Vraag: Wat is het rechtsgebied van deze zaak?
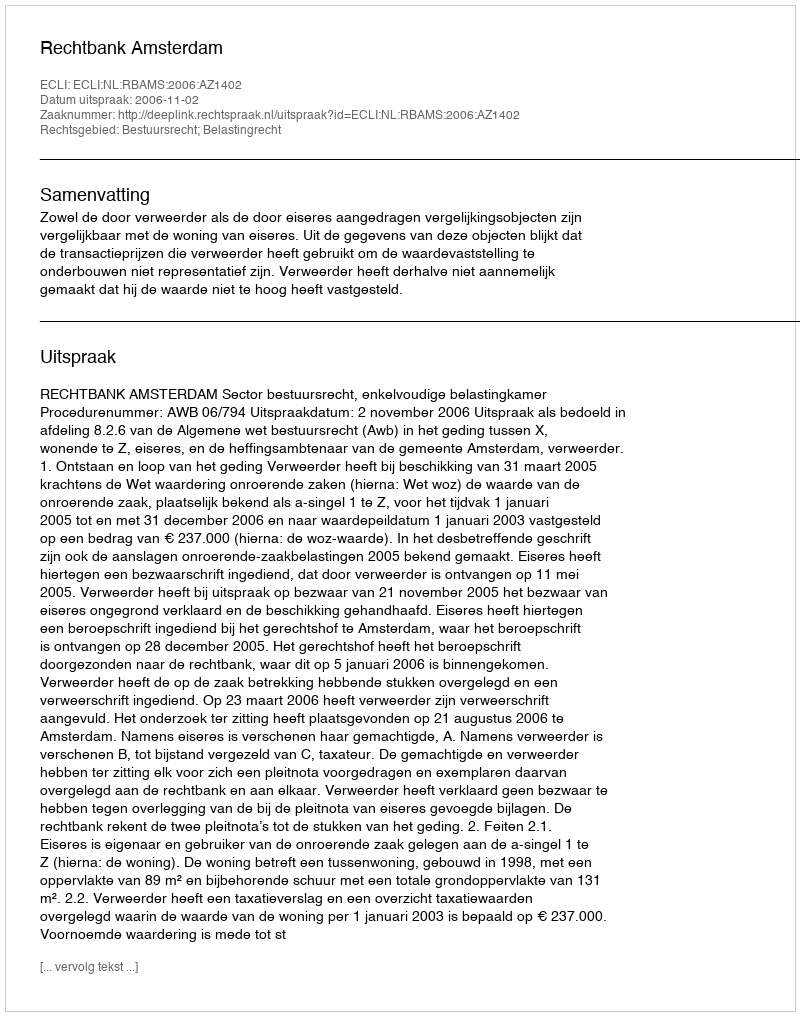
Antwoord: Bestuursrecht; Belastingrecht